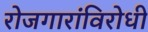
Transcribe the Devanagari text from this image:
रोजगारांविरोधी